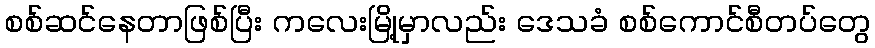
စစ်ဆင်နေတာဖြစ်ပြီး ကလေးမြို့မှာလည်း ဒေသခံ စစ်ကောင်စီတပ်တွေ